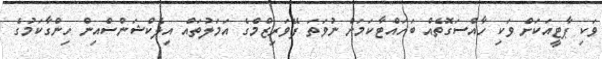
ވަކި ޕާޓީއަކަށް ވަކި ހާއްސަގޮތެއް ބަހައްޓާކަމަށް ނުވަތަ ފޭވަރިޒްމްގެ އަމަލުތައް އިލެކްޝަންސްއިން ހިންގާކަމުގެ